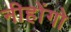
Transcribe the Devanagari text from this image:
नीहोंगो